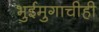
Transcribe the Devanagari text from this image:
भुईमुगाचीही